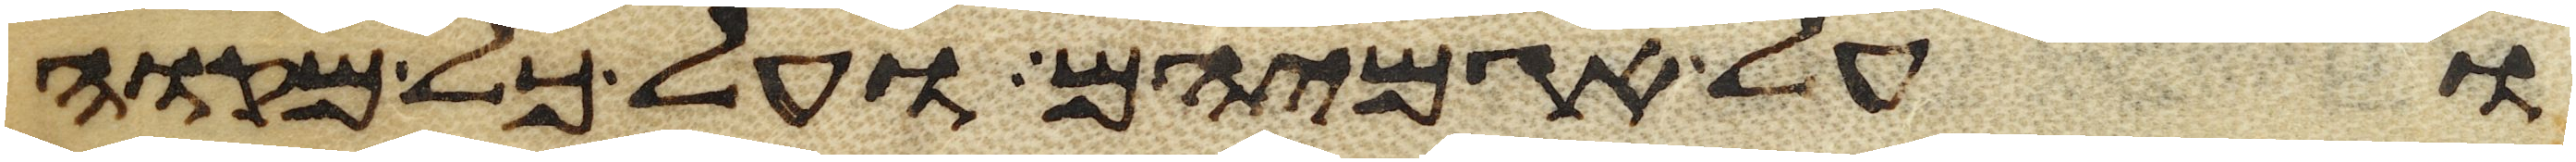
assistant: ועל אגמיהם ועל כל מקוה